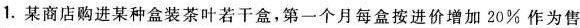
1.某商店购进某种盒装茶叶若干盒，第一个月每盒按进价增加20%作为售